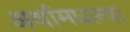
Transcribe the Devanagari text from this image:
अर्थामधल्या